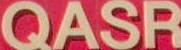
QASR